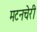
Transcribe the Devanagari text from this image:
मटनचेरी